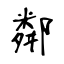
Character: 鄰